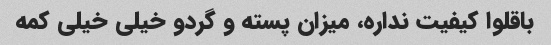
باقلوا کیفیت نداره، میزان پسته و گردو خیلی خیلی کمه